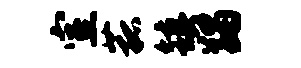
室菰镇蠲